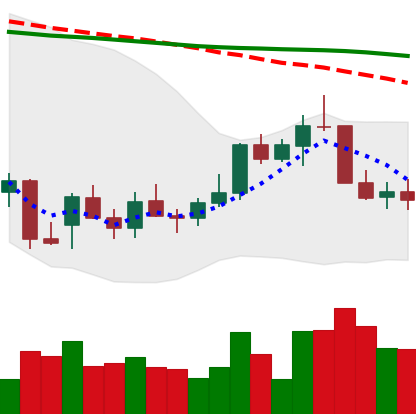
Ticker: LINK-USD
Chart end date: 2021-12-31
Forward return: 29.887%
Label: up_7plus